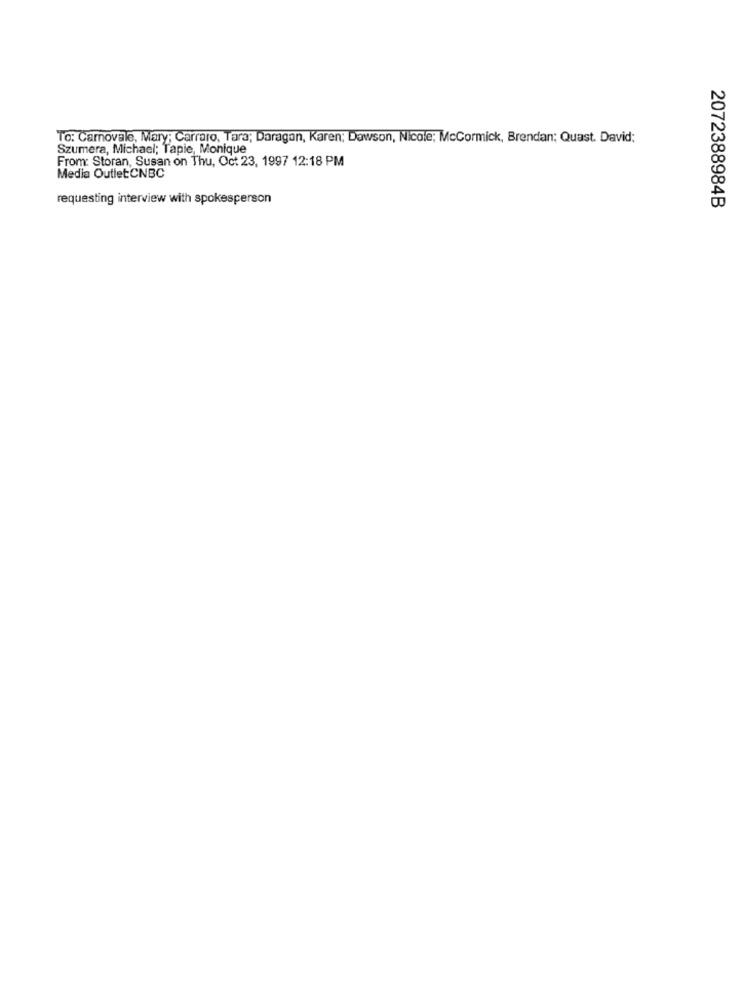
To: Carnovale, Mary; Carraro, Tara; Daragan, Karen; Dawson, Nicole; McCormick, Brendan; Quast. David;
Szumera, Michael; Tapie, Monique
From: Storan, Susan on Thu, Oct 23, 1997 12:18 PM
Media OutletCNBC
requesting interview with spokesperson
2072388984B